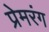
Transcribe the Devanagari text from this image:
प्रेमरंग